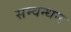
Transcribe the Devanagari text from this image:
सम्वन्धन